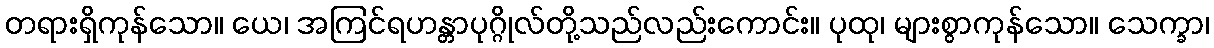
တရားရှိကုန်သော။ ယေ၊ အကြင်ရဟန္တာပုဂ္ဂိုလ်တို့သည်လည်းကောင်း။ ပုထု၊ များစွာကုန်သော။ သေက္ခာ၊